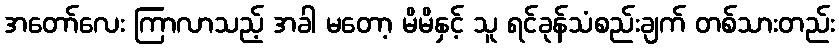
အတော်လေး ကြာလာသည့် အခါ မတော့ မိမိနှင့် သူ ရင်ခုန်သံစည်းချက် တစ်သားတည်း